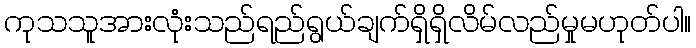
ကုသသူအားလုံးသည်ရည်ရွယ်ချက်ရှိရှိလိမ်လည်မှုမဟုတ်ပါ။